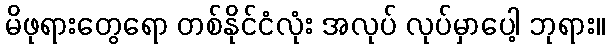
မိဖုရားတွေရော တစ်နိုင်ငံလုံး အလုပ် လုပ်မှာပေါ့ ဘုရား။